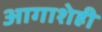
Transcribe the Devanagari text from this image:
आगाशेही